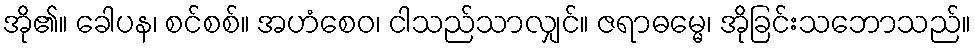
အို၏။ ခေါပန၊ စင်စစ်။ အဟံစေဝ၊ ငါသည်သာလျှင်။ ဇရာဓမ္မေ၊ အိုခြင်းသဘောသည်။